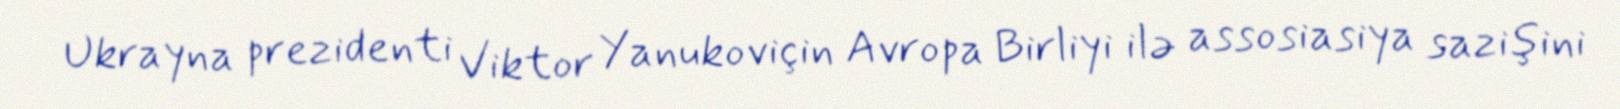
Ukrayna prezidenti Viktor Yanukoviçin Avropa Birliyi ilə assosiasiya sazişini